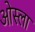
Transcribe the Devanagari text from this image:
ओस्ला